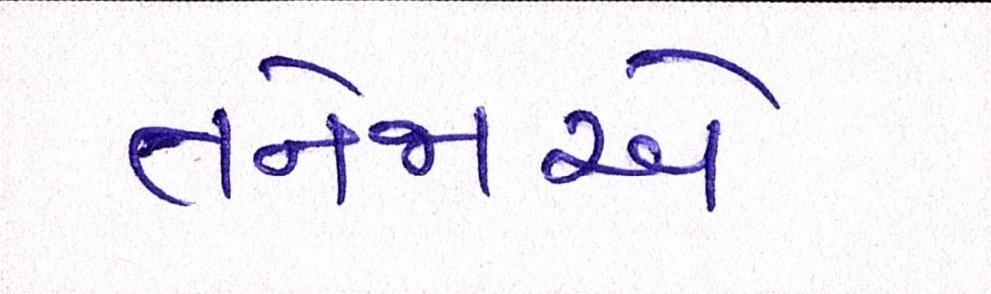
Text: તનેજાએ